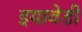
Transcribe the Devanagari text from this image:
इयावेडी